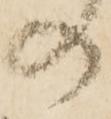
の